NAE_EAA_P-1039_Kommunismi_Majak_kalurikolhoos, lk 17
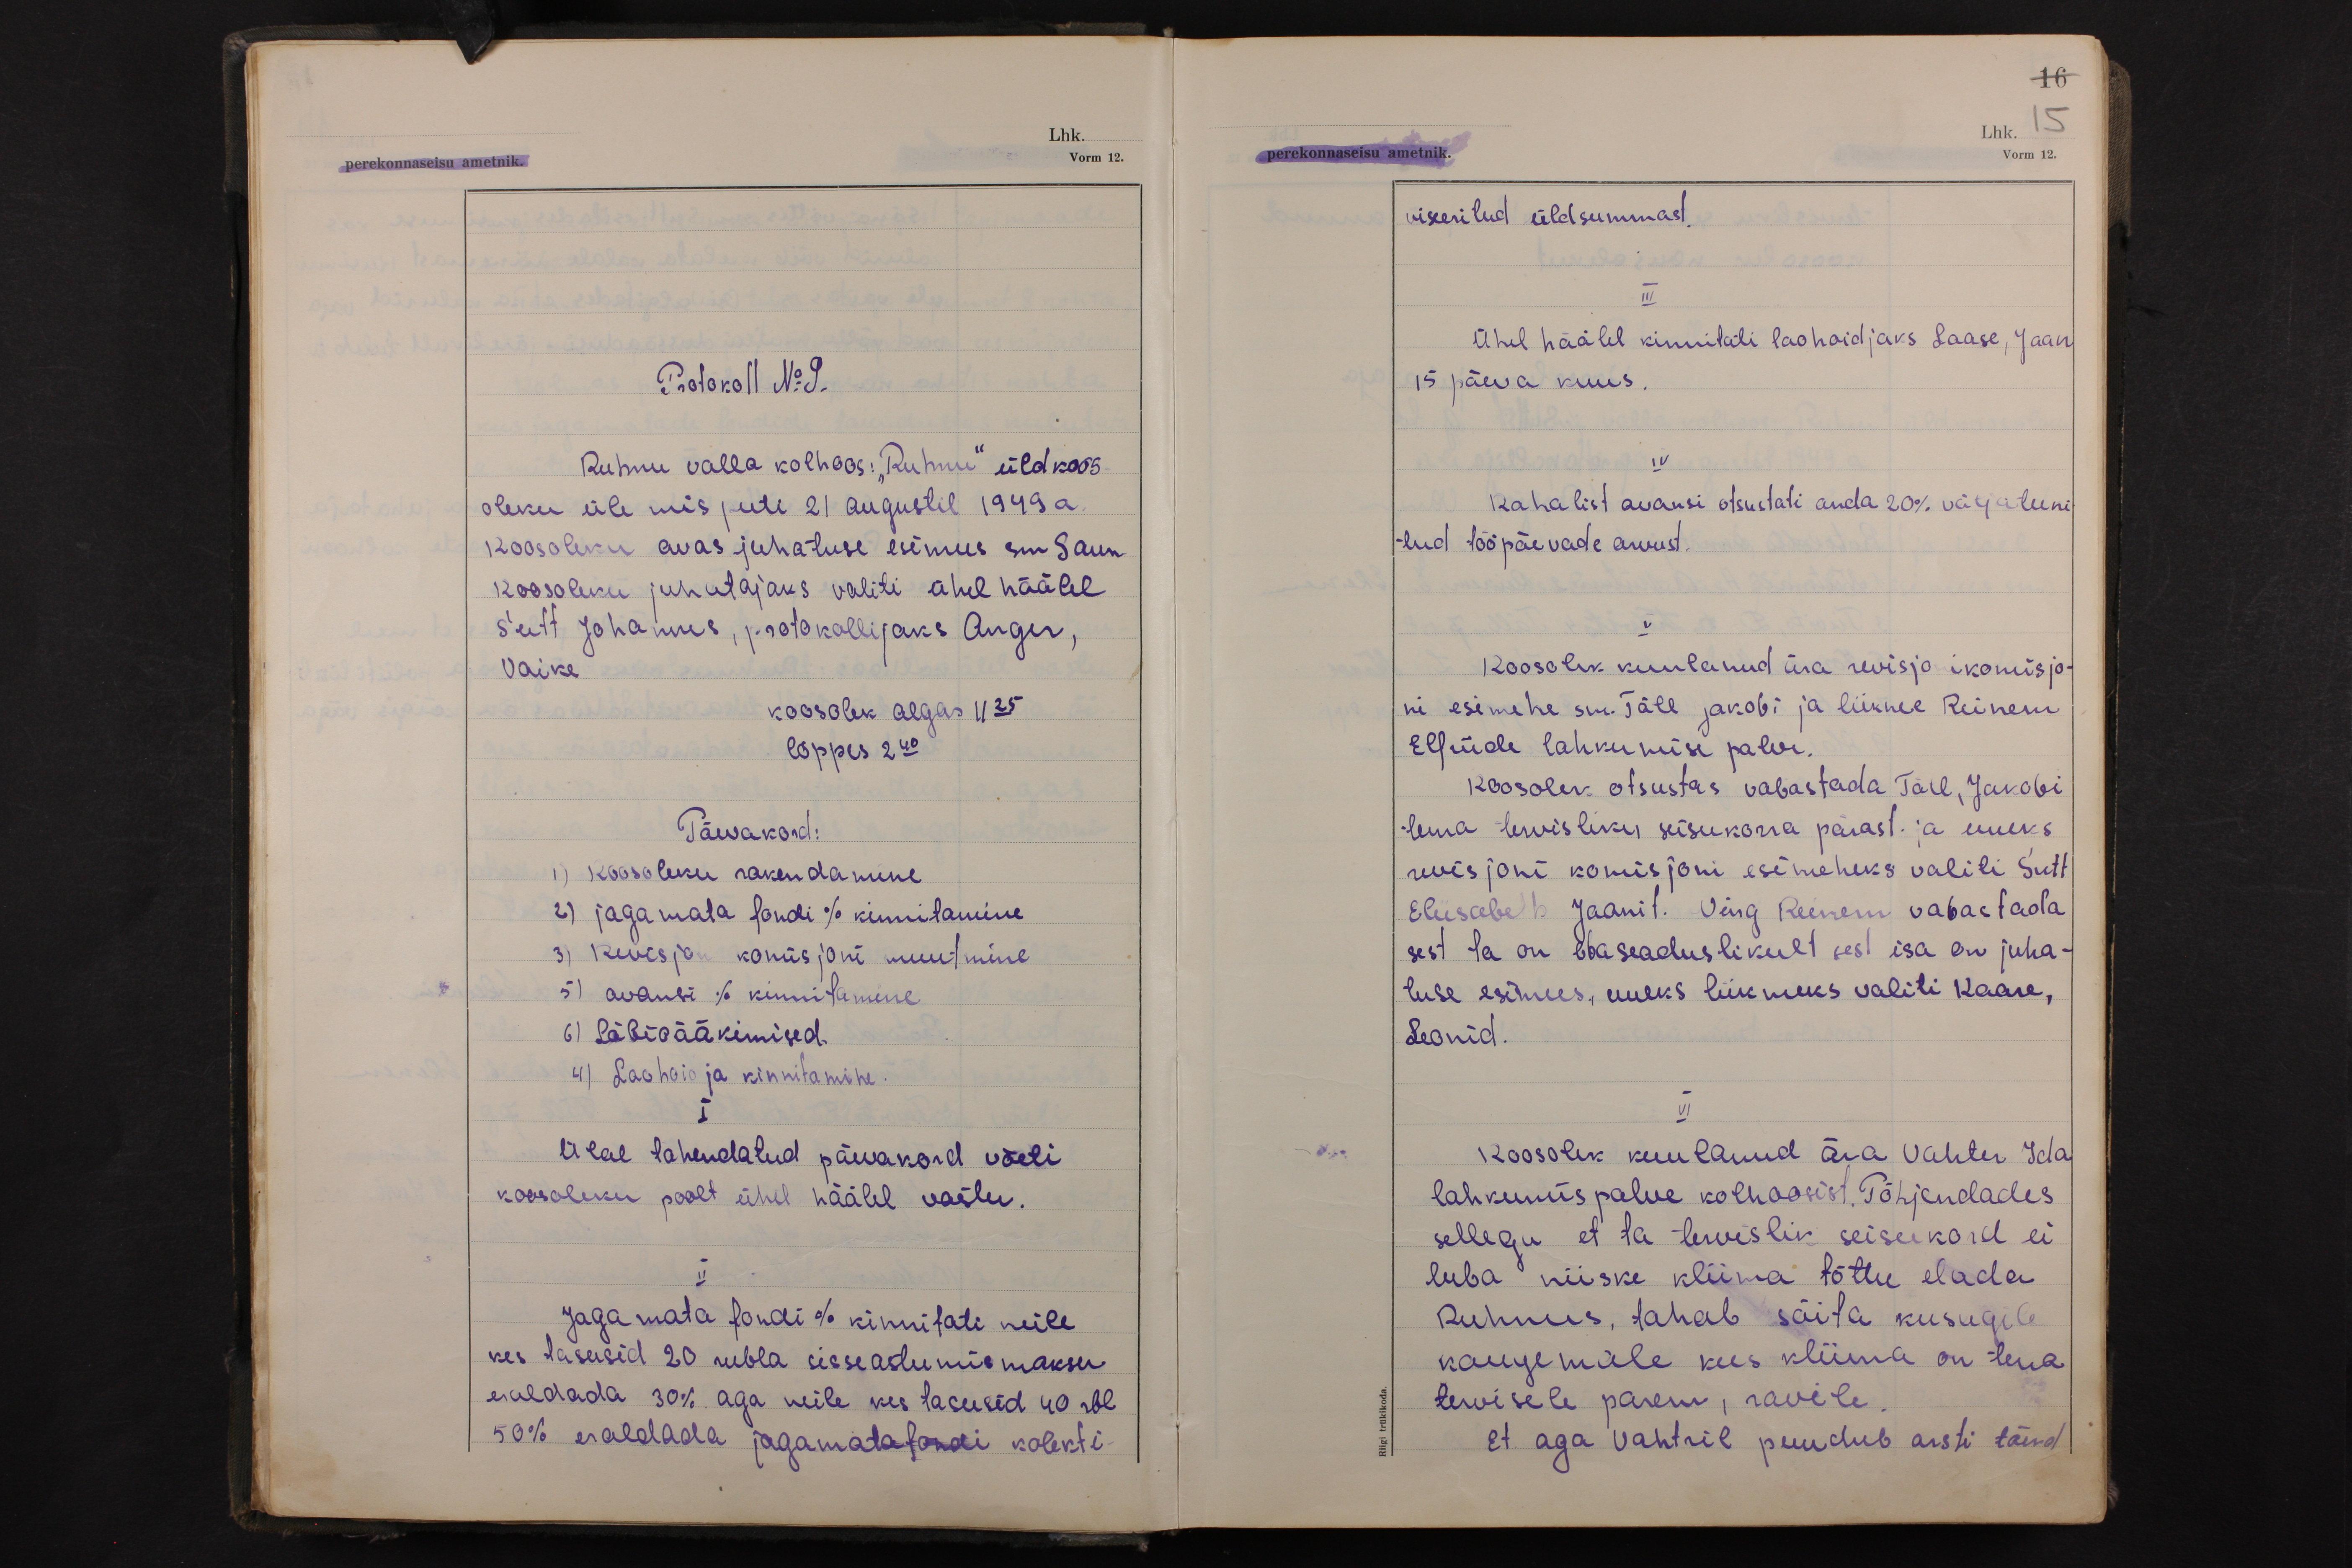
16
Lhk. 15
perekonnaseisu ametnik.
Vorm 12.

Protokoll No 9.
Ruhnu valla kolhoos: "Ruhnu" üldkoos-
oleku üle mis peeti 21 augustil 1949 a.
Koosoleku avas juhatuse esimees sm Saun
Koosoleku juhatajaks valiti ühel häälel
Sutt Johannes, protokollijaks Anger,
Vaike.
koosolek algas 11 25
lõppes 2 40
Päevakord:
1) koosoleku rakendamine
2) jagamata fondi % kinnitamine
3) Revisjon komisjoni muutmine
5) avansi % kinnitamine
6) Läbirääkimised.
4) Laohoidja kinnitamine.
I
Ülal tahendatud päevakord võeti
koosoleku poolt ühel häälel vastu.
II
Jagamata fondi % kinnitati neile
kes tasusid 20 rubla sisseastumis maksu
eraldada 30% aga neile kes tasusid 40 rbl
50% eraldada jagamata fondi kolekti-

viseeritud üldsummast.
III
Ühel häälel kinnitati laohoidjaks Laase, Jaan
15 päeva kuus.
IV
Rahalist avansi otsustati anda 20% väljateeni-
tud tööpäevade arvust.
V
Koosolek kuulanud ära revisjonikomisjo-
ni esimehe sm. Täll jakobi ja liikme Reinem
Elfriide lahkumise palve.
Koosolek otsustas vabastada Täll, Jakobi
tema tervisliku seisukorra pärast ja uueks
revisjoni komisjoni esimeheks valiti Sutt
Eliisabeth Jaani t. Ning Reinem vabastada
sest ta on ebaseaduslikult sest isa on juha-
tuse esimees, uueks liikmeks valiti Kaare,
Leonid.
VI
Koosolek kuulanud ära Vahter Ida
lahkumispalve kolhoosist. Põhjendades
sellega et ta tervislik seisukord ei
luba niiske kliima tõttu elada
Ruhnus, tahab sõita kusagile
kaugemale kus kliima on tema
tervisele parem, ravile.
Et aga Vahtril puudub arsti tõend